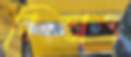
নিভাও